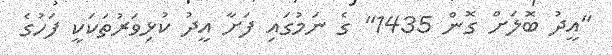
"އީދު ބޮލަށް ގޮން 1435" ގެ ނަމުގައި ފަށާ އީދު ކުޅިވަރުތަކަކީ ފަހުގެ